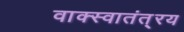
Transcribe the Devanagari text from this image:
वाक्स्वातंत््रय